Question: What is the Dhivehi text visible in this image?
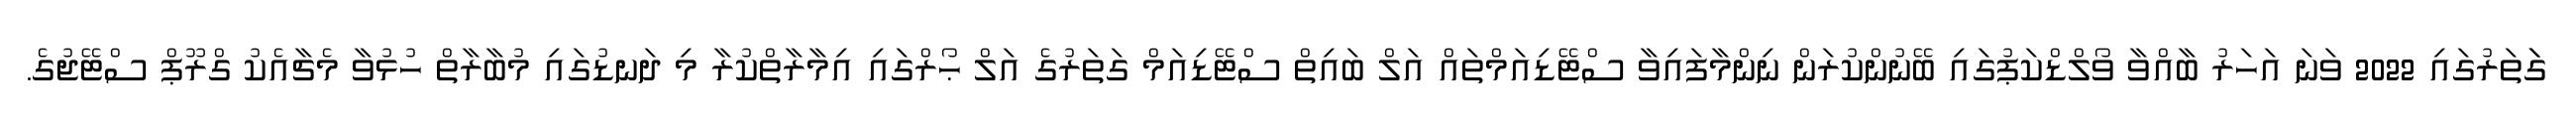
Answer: ގަަތަރުގައި 2022 ވަނަ އަހަރު ބާއްވާ ވޯލްޑްކަޕުގައި ބޭނުންކުރަން ނިންމާފައިވާ ސްޓޭޑިއަމްތައް އަލް ބައިތް ސްޓޭޑިއަމް ގަތަރުގެ އަލް ޙޯރްގައި އިމާރާތްކުރާ މި ދަނޑުގައި މުބާރާތް ހުޅުވާ މެޗާއެކު ގްރޫޕް ސްޓޭޖުގެ.